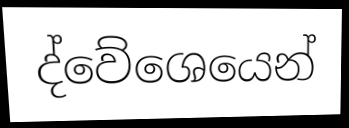
ද්වේශෙයෙන්